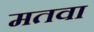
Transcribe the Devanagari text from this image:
मतवा